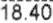
18.40